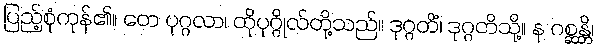
ပြည့်စုံကုန်၏။ တေ ပုဂ္ဂလာ၊ ထိုပုဂ္ဂိုလ်တို့သည်။ ဒုဂ္ဂတိံ၊ ဒုဂ္ဂတိသို့။ န ဂစ္ဆန္တိ၊